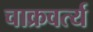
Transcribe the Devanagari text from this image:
चाक्रवर्त्य